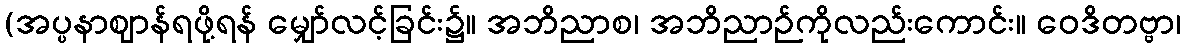
(အပ္ပနာဈာန်ရဖို့ရန် မျှော်လင့်ခြင်း၌။ အဘိညာစ၊ အဘိညာဉ်ကိုလည်းကောင်း။ ဝေဒိတဗ္ဗာ၊